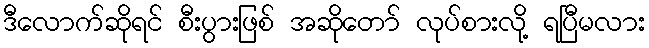
ဒီလောက်ဆိုရင် စီးပွားဖြစ် အဆိုတော် လုပ်စားလို့ ရပြီမလား